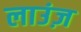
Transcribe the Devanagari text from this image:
लाउंज़